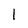
Character: I